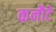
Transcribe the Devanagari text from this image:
कनौटे